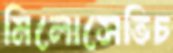
মিলোসেভিচ